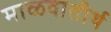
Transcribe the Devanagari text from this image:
माळवातीर्थ